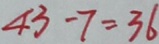
4 3 - 7 = 3 6